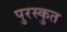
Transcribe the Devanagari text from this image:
पुरस्कुत